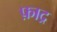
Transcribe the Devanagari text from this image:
फ़ाद्र